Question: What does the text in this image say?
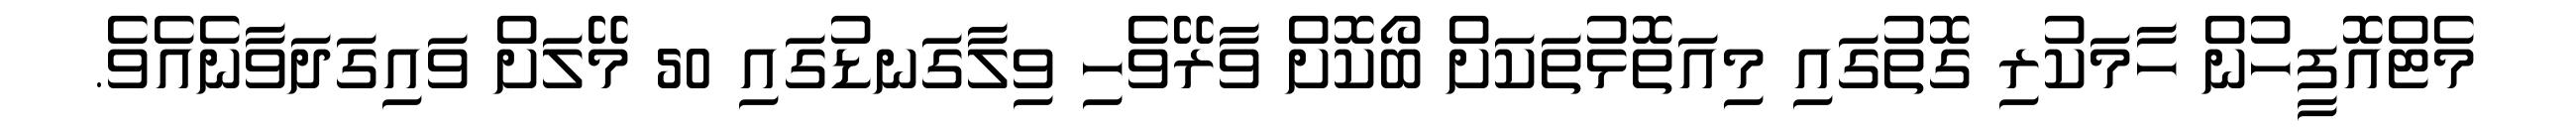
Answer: މެޓްއޮފީހުން ހާމަކުރި ގޮތުގައި މިއަތޮޅުތަކަށް ބޯކޮށް ވާރޭވެހި ވިލާގަނޑުގައި 50 މޭލަށް ވައިގަދަވާނެއެވެ.